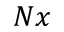
N x